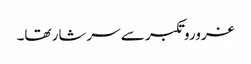
غروروتکبر سے سرشار تھا۔